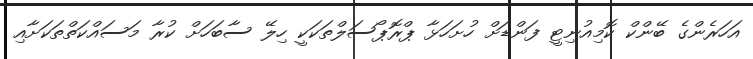
އަހަރެންގެ ބޭންކް ކޮމިއުނިޓީ ފަންޑަށް ހުށަހަޅާ ޕްރޮޕޯސަލްތަކަކީ ހިލޭ ސާބަހަށް ކުރާ މަސައްކަތްތަކަށާއި